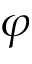
\varphi